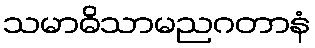
သမာဓိသာမညဂတာနံ